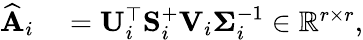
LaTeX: \begin{array}{rl}{\widehat{\mathbf{A}}_{i}}&{{}=\mathbf{U}_{i}^{\top}\mathbf{S}_{i}^{+}\mathbf{V}_{i}\mathbf{\Sigma}_{i}^{-1}\in\mathbb{R}^{r\times r},}\end{array}